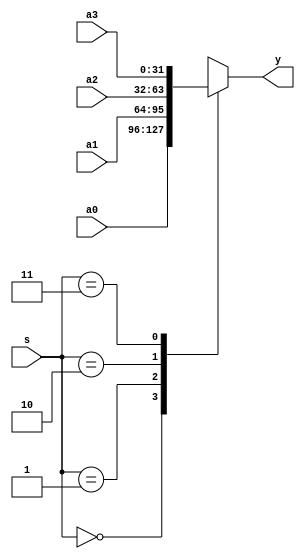
`timescale 1ns / 1ps


module mux4x32(a0,a1,a2,a3,s,y);
	
	input  [31 : 0] a0,a1,a2,a3;
	input  [1 :  0] s;
	output [31 : 0] y;
	
	function [31 : 0] select;     //[31 : 0] 32 bit deger donureceginden bahseder
		input  [31 : 0] a0,a1,a2,a3;
		input  [1 :  0] s;
		case(s)
			2'b00 : select = a0;
			2'b01 : select = a1;
			2'b10 : select = a2;
			2'b11 : select = a3;
		endcase
	endfunction
	
	assign y = select(a0,a1,a2,a3,s);

endmodule